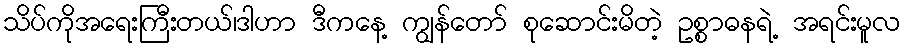
သိပ်ကိုအရေးကြီးတယ်၊ဒါဟာ ဒီကနေ့ ကျွန်တော် စုဆောင်းမိတဲ့ ဥစ္စာဓနရဲ့ အရင်းမူလ